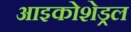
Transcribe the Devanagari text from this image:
आइकोशेड्रल